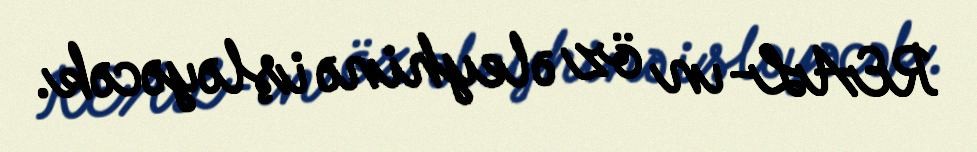
REAL-ın öz əleyhinə işləyəcək.